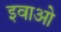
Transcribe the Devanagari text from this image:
इवाओ